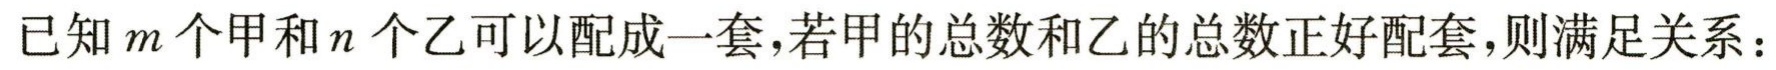
已知\(m\)个甲和\(n\)个乙可以配成一套，若甲的总数和乙的总数正好配套，则满足关系：